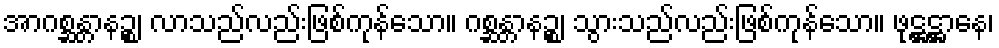
အာဂစ္ဆန္တာနဉ္စ၊ လာသည်လည်းဖြစ်ကုန်သော။ ဂစ္ဆန္တာနဉ္စ၊ သွားသည်လည်းဖြစ်ကုန်သော။ ဖုဋ္ဌဋ္ဌာနေ၊